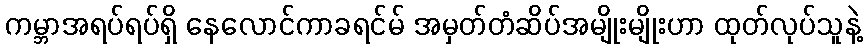
ကမ္ဘာအရပ်ရပ်ရှိ နေလောင်ကာခရင်မ် အမှတ်တံဆိပ်အမျိုးမျိုးဟာ ထုတ်လုပ်သူနဲ့